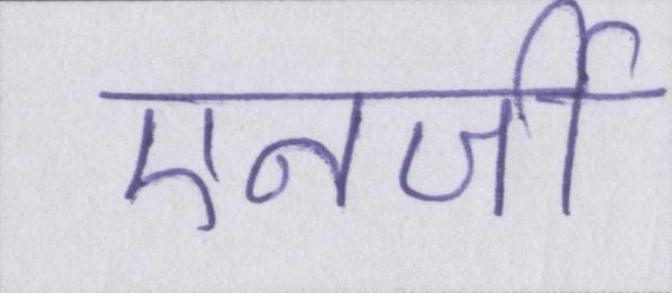
एनर्जी